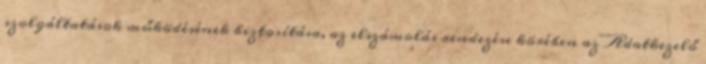
szolgáltatások működésének biztosítása, az elszámolás rendezése körében az Adatkezelő